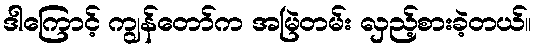
ဒါကြောင့် ကျွန်တော်က အမြဲတမ်း လှည့်စားခဲ့တယ်။